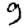
Digit: 9